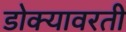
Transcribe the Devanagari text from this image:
डोक्यावरती